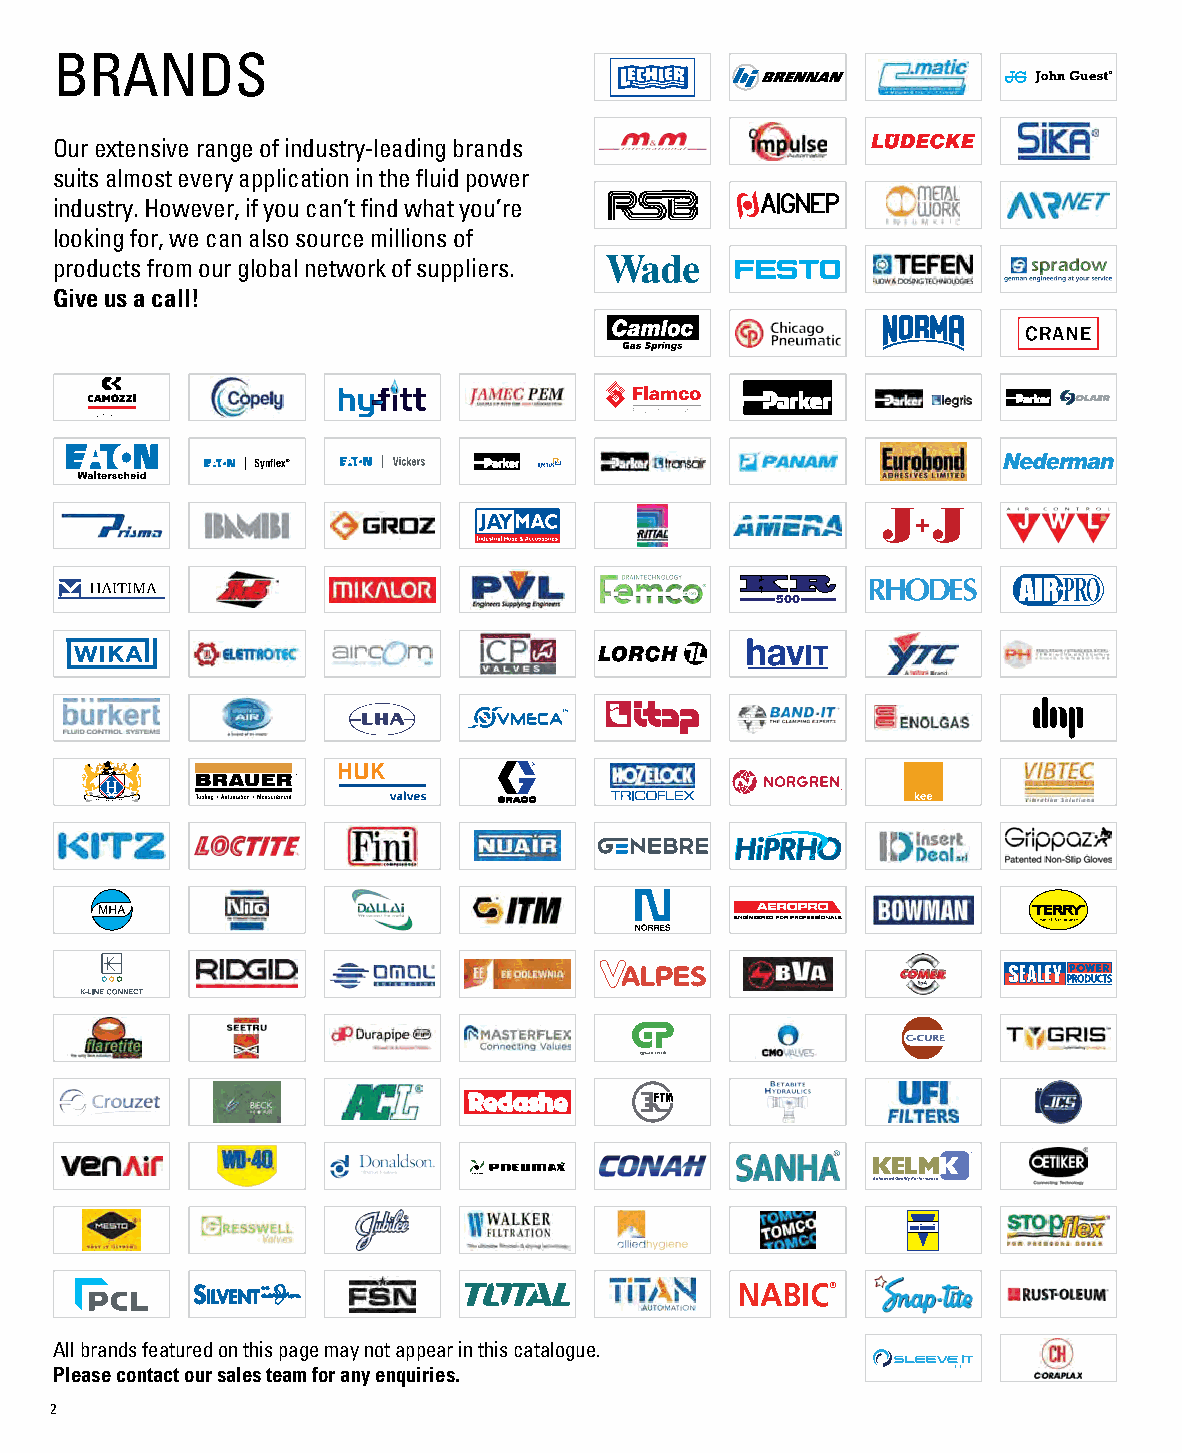
BRANDS
 Our extensive range of industry-leading brands
 suits almost every application in the fluid power
 industry. However, if you can’t find what you’re
 looking for, we can also source millions of
 products from our global network of suppliers.
 Give us a call!
 Synflex®
 All brands featured on this page may not appear in this catalogue.
 Please contact our sales team for any enquiries.
 2